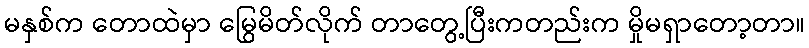
မနှစ်က တောထဲမှာ မြွေမိတ်လိုက် တာတွေ့ပြီးကတည်းက မှိုမရှာတော့တာ။